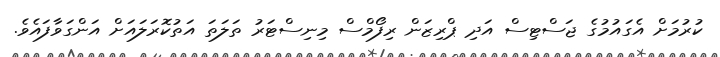
ކުރުމަށް އެގައުމުގެ ޖަސްޓިސް އަދި ޕްރިޒަން ރިފޯމްސް މިނިސްޓަރު ތަލަތަ އަތުކޮރަލައަށް އަންގަވާފައެވެ.